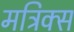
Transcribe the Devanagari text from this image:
मट्रिक्स